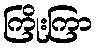
ကြိုးကြာ